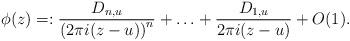
LaTeX: \begin{align*}\phi(z)=:\frac{D_{n,u}}{\left(2\pi i(z-u)\right)^n}+\ldots+\frac{D_{1,u}}{2\pi i(z-u)}+O(1).\end{align*}